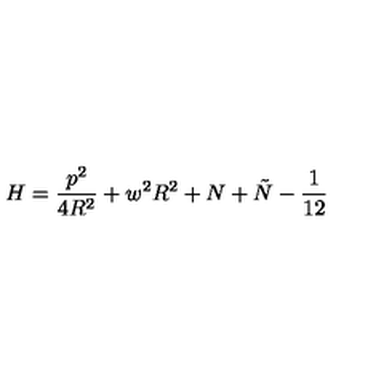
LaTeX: H = \frac { p ^ { 2 } } { 4 R ^ { 2 } } + w ^ { 2 } R ^ { 2 } + N + \tilde { N } - \frac { 1 } { 1 2 }